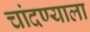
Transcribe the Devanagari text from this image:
चांदण्याला